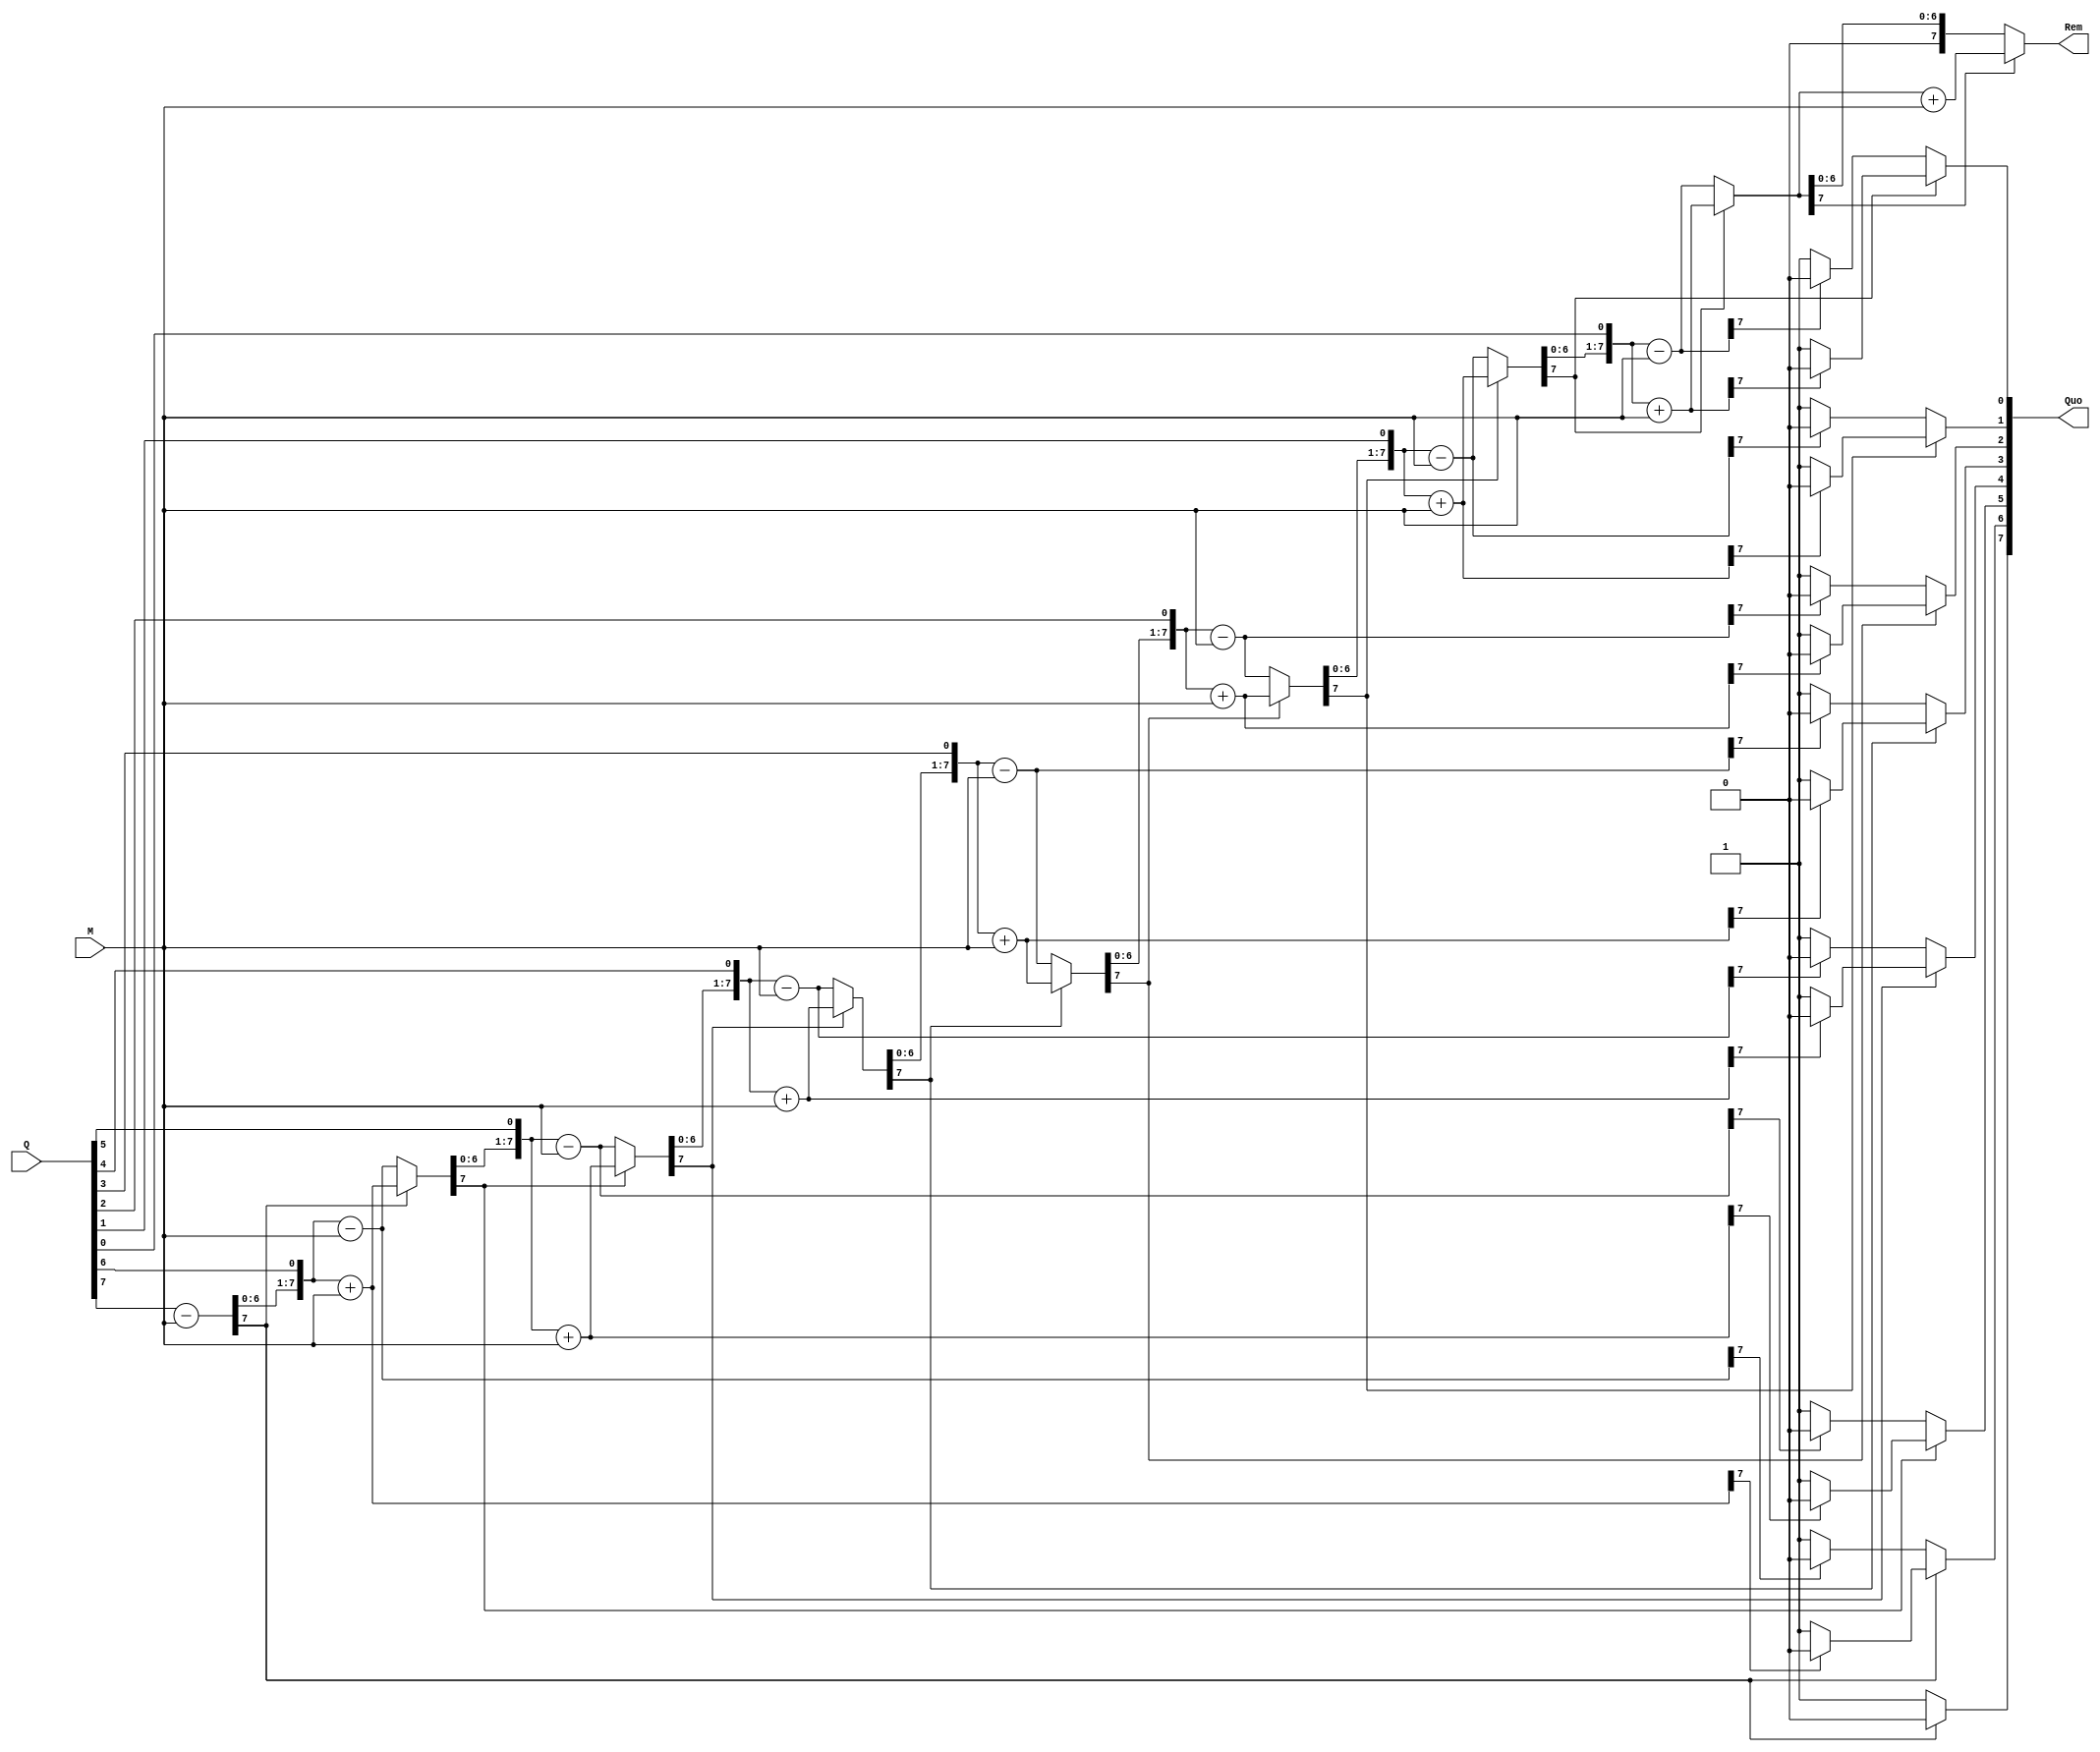
`timescale 1ns / 1ps
module non_res_div(Q,M,Quo,Rem);
input [7:0]Q,M;
output reg [7:0]Quo=0;
output reg [7:0]Rem=0;

reg [7:0]a1,b1;
reg [7:0]A;
integer i;

always @ (Q or M)
begin
 a1=Q;
 b1=M;
 A=0;
 for(i=0; i<8; i=i+1)
 begin
      if(A[7]==1)begin
		          A={A[6:0],a1[7]};
					 a1[7:1]=a1[6:0];
                A=A+b1;
					   if(A[7]==1)
						    a1[0]=0;
						else
						     a1[0]=1;
						end
		else begin
		            A={A[6:0],a1[7]};
					   a1[7:1]=a1[6:0];
                  A=A-b1;
					   if(A[7]==0)
						    a1[0]=1;
						else
						     a1[0]=0;
						end
end
if(A[7]==1)begin
          A=A+b1;
			 Quo=a1;
          Rem=A;
			 end
else begin
	  Quo=a1;
     Rem=A;
	  end


end
		
endmodule